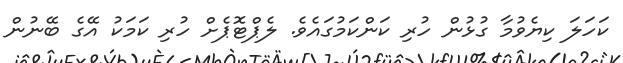
ކަހަލަ ކިޔެވުމާ ގުޅުން ހުރި ކަންކަމުގައެވެ. ލެޕްޓޮޕެށް ހުރި ކަމަކު އޭގެ ބޭނުން